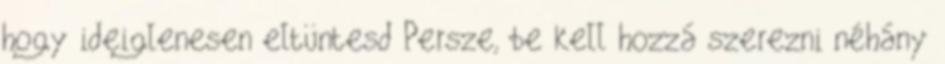
hogy ideiglenesen eltüntesd Persze, be kell hozzá szerezni néhány